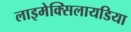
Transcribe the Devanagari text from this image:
लाइमेक्सिलायडिया